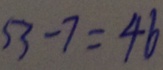
5 3 - 7 = 4 6